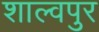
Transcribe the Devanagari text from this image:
शाल्वपुर